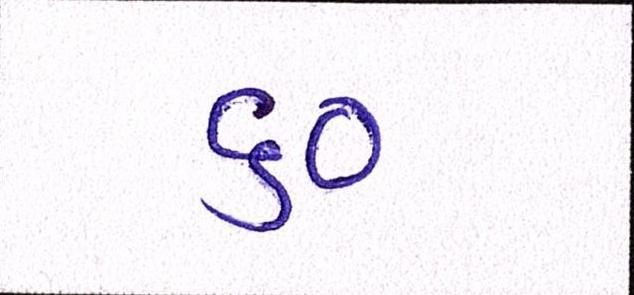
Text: ૬૦